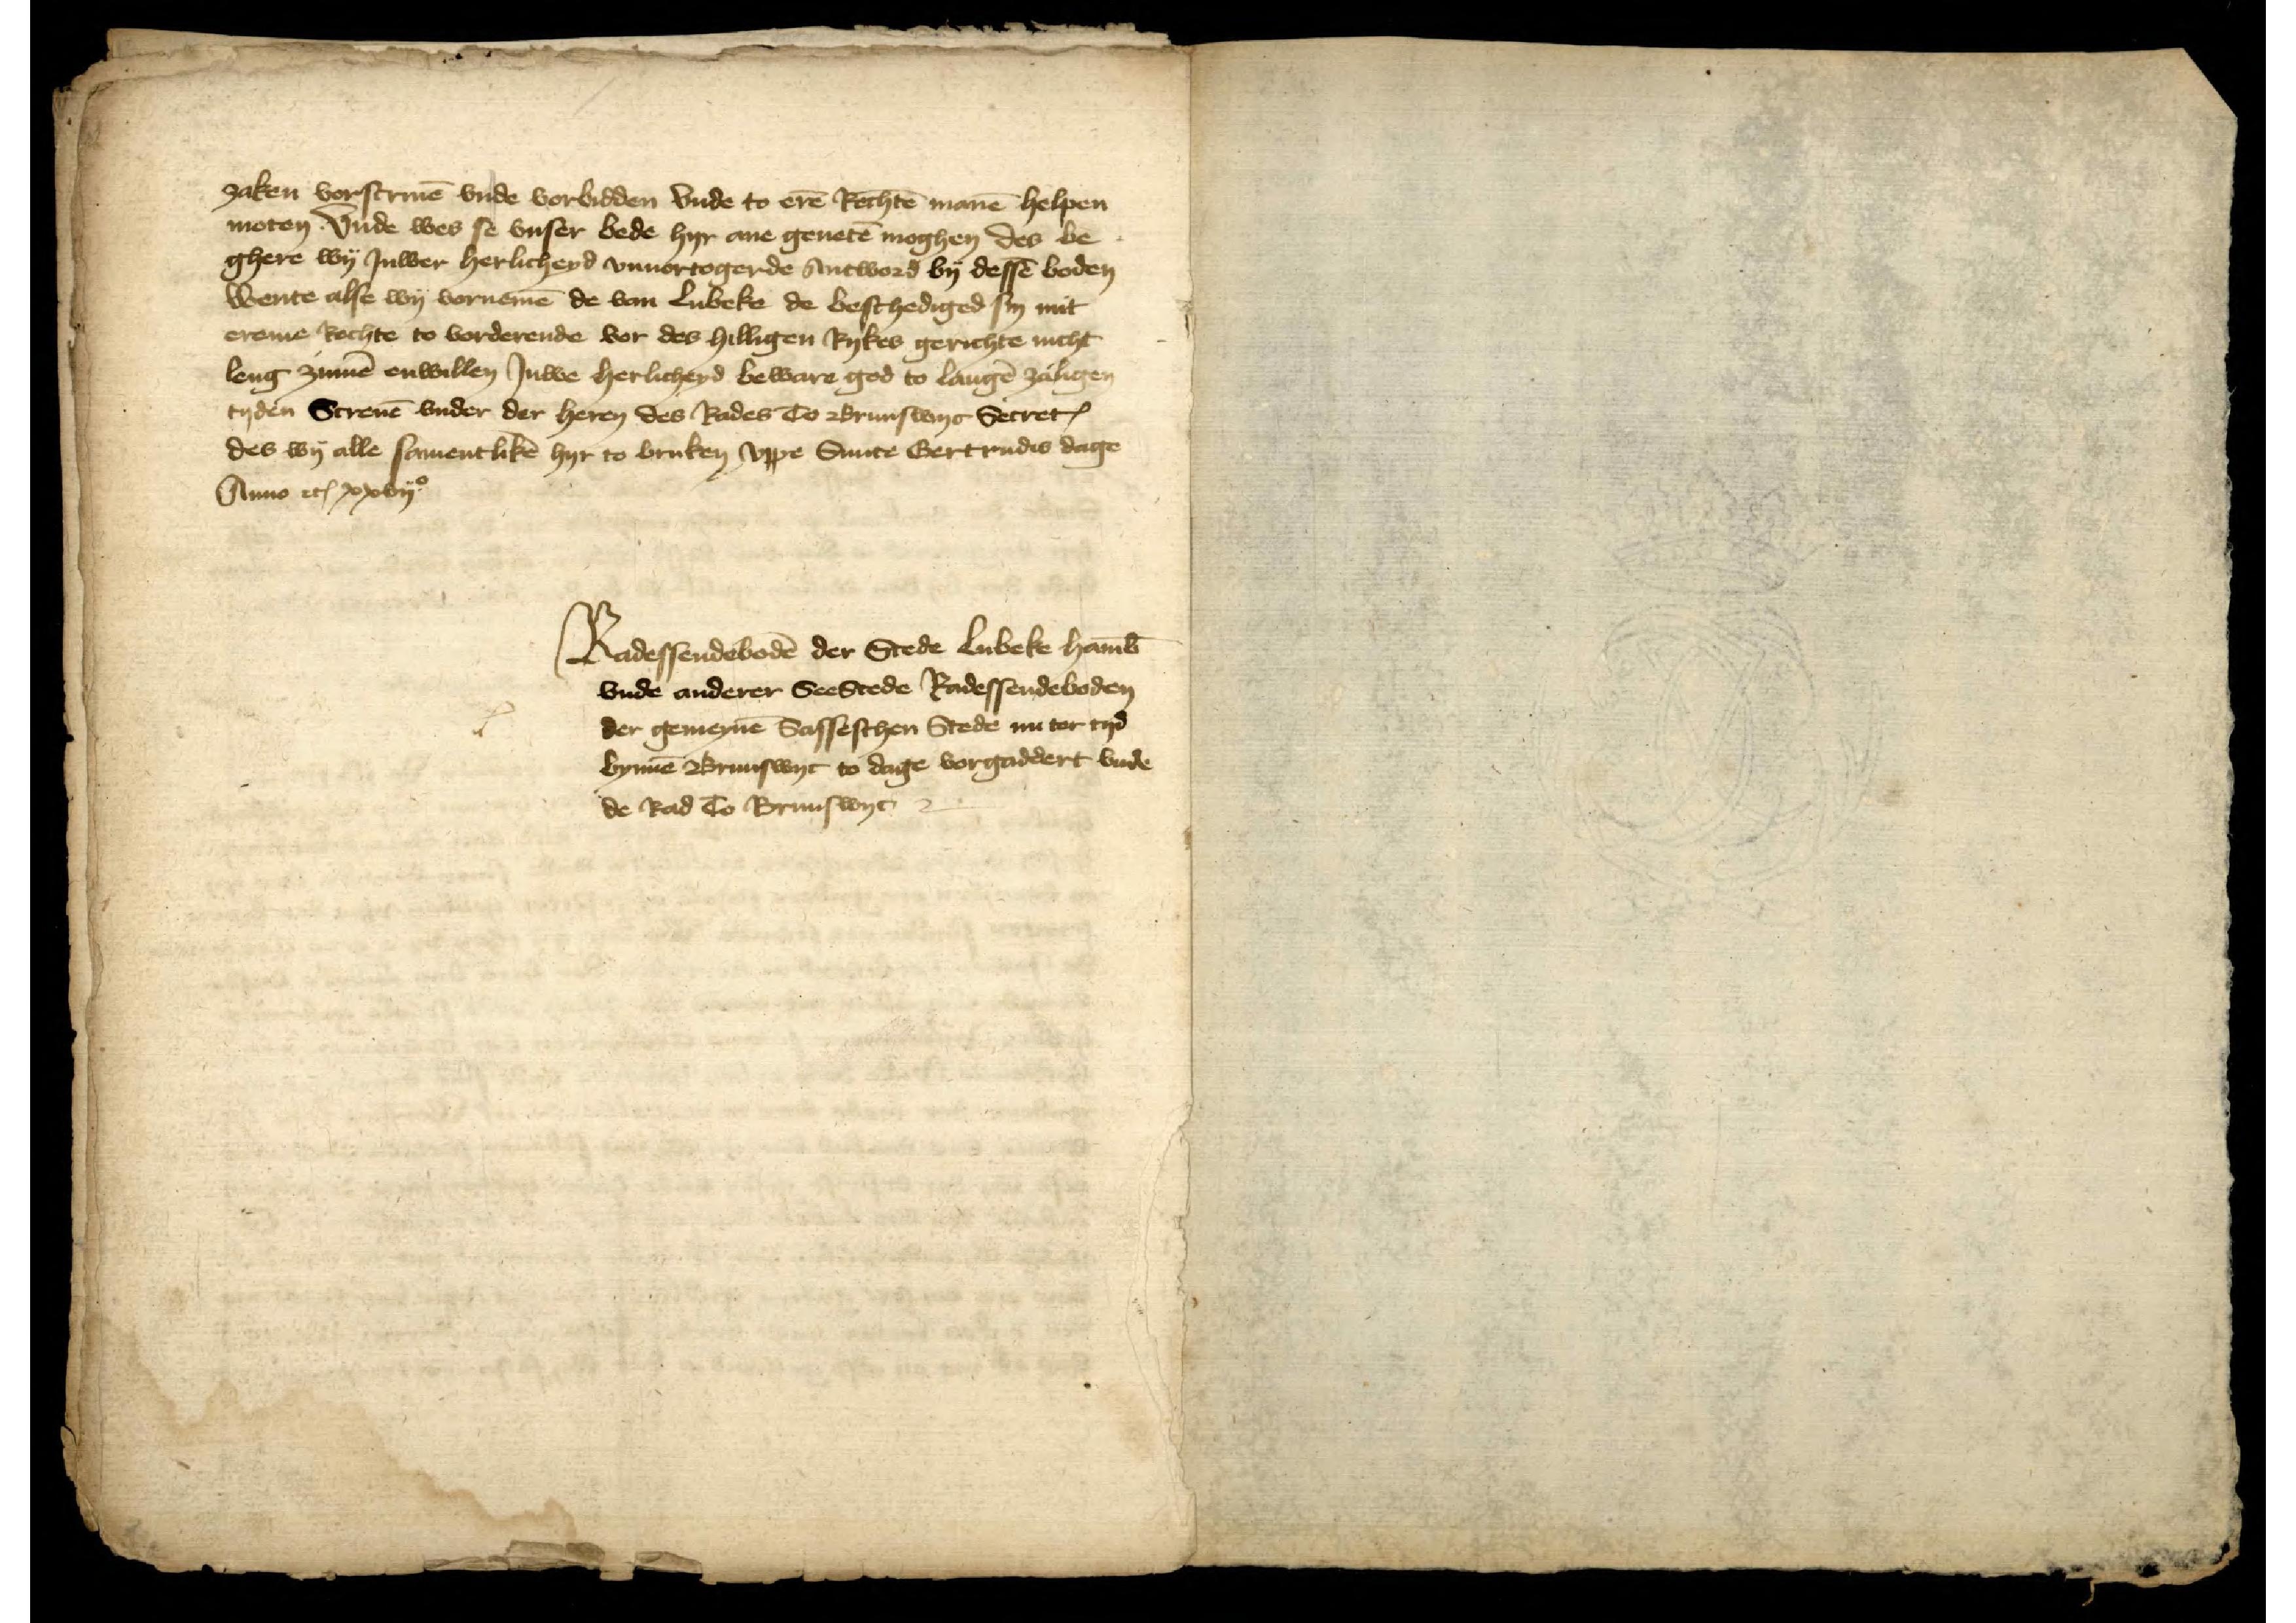
zaken vorscriuen vnde vorbidden vnde to eren Rechten manen helpen
moten vnde wes se vnser bede hyr ane geneten moghen des be¬
ghere wy Juwer herlicheyd vnuortogerde Antword by desse boden
wente alse wy vornemen de van Lubeke de beschediged sin mit
ereme Rechte to vorderende vor des hilligen Rykes gerichte nicht
leng zinnen enwillen Juwe herlicheyd beware god to langen zaligen
tyden Screuen vnder der heren des Rades to Brunswyc Secretarius
des wy alle samentliken hyr to bruken vppe Sunte Gertrudis dage
Anno etcetera xxvijo
Radessendeboden der Stede Lubeke Hamborg
vnde anderer Seestede Radessendeboden
der gemeynen Sasseschen Stede nu tor tyd
bynnen Brunswyc to dage vorgaddert vnde
de Rad to Brunswyc